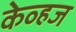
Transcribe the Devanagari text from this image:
केव्हज